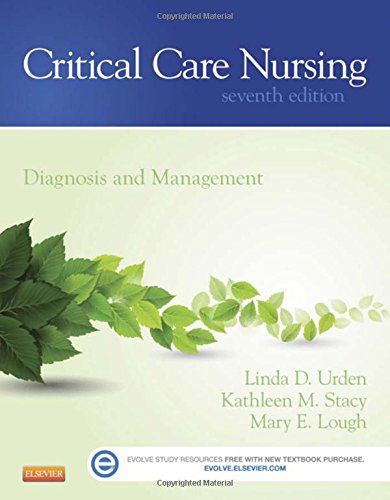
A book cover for Critical Care Nursing: Diagnosis and Management, 7e (Thelans Critical Care Nursing Diagnosis); Linda D. Urden DNSc  RN  CNS  NE-BC  FAAN; Medical Books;